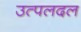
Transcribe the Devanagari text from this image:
उत्पलदल